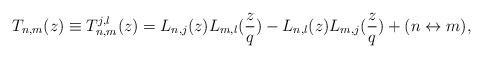
LaTeX: \begin{align*}T_{n,m}(z)\equiv T_{n,m}^{j,l}(z)=L_{n,j}(z) L_{m,l}(\frac{z}{q})-L_{n,l}(z) L_{m,j}(\frac{z}{q}) + (n \leftrightarrow m),\end{align*}